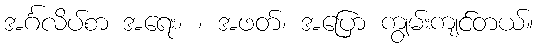
အင်္ဂလိပ်စာ အရေး၊ ၊ အဖတ်၊ အပြော ကျွမ်းကျင်တယ်။